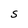
Character: S